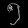
Digit: ၅